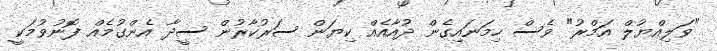
"ވަލިއްޔުލް އަމްރު" ވެސް ހިމަނައިގެން ދުއާއެއް ކިޔަން ސަރުކާރުން ސީދާ އެންގުމެއް ފޮނުވުމަކީ